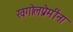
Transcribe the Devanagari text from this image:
खगोलप्रेमींना